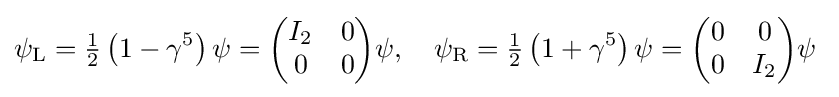
\psi _{\mathrm {L} }={\tfrac {1}{2}}\left(1-\gamma ^{5}\right)\psi ={\begin{pmatrix}I_{2}&0\\0&0\end{pmatrix}}\psi ,\quad \psi _{\mathrm {R} }={\tfrac {1}{2}}\left(1+\gamma ^{5}\right)\psi ={\begin{pmatrix}0&0\\0&I_{2}\end{pmatrix}}\psi ~